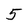
Character: 5